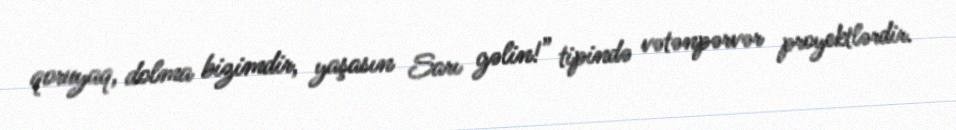
qoruyaq, dolma bizimdir, yaşasın Sarı gəlin!” tipində vətənpərvər proyektlərdir.